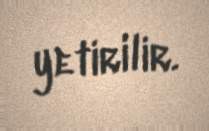
yetirilir.